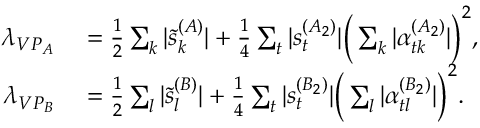
\begin{array} { r l } { \lambda _ { V P _ { A } } } & { { } = \frac { 1 } { 2 } \sum _ { k } | \tilde { s } _ { k } ^ { ( A ) } | + \frac { 1 } { 4 } \sum _ { t } | s _ { t } ^ { ( A _ { 2 } ) } | \Big ( \sum _ { k } | \alpha _ { t k } ^ { ( A _ { 2 } ) } | \Big ) ^ { 2 } , } \\ { \lambda _ { V P _ { B } } } & { { } = \frac { 1 } { 2 } \sum _ { l } | \tilde { s } _ { l } ^ { ( B ) } | + \frac { 1 } { 4 } \sum _ { t } | s _ { t } ^ { ( B _ { 2 } ) } | \Big ( \sum _ { l } | \alpha _ { t l } ^ { ( B _ { 2 } ) } | \Big ) ^ { 2 } . } \end{array}